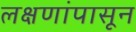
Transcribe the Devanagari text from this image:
लक्षणांपासून